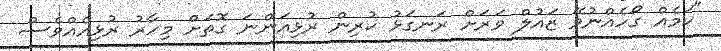
"ކަމެއް ގޯހެއްނުވޭ ޒައުލް ވަރަށް ރަނގަޅު ކުރިން ރުޅިއަންނަ ގޮތަށް މިހާރު ރުޅިއެއްވެސް